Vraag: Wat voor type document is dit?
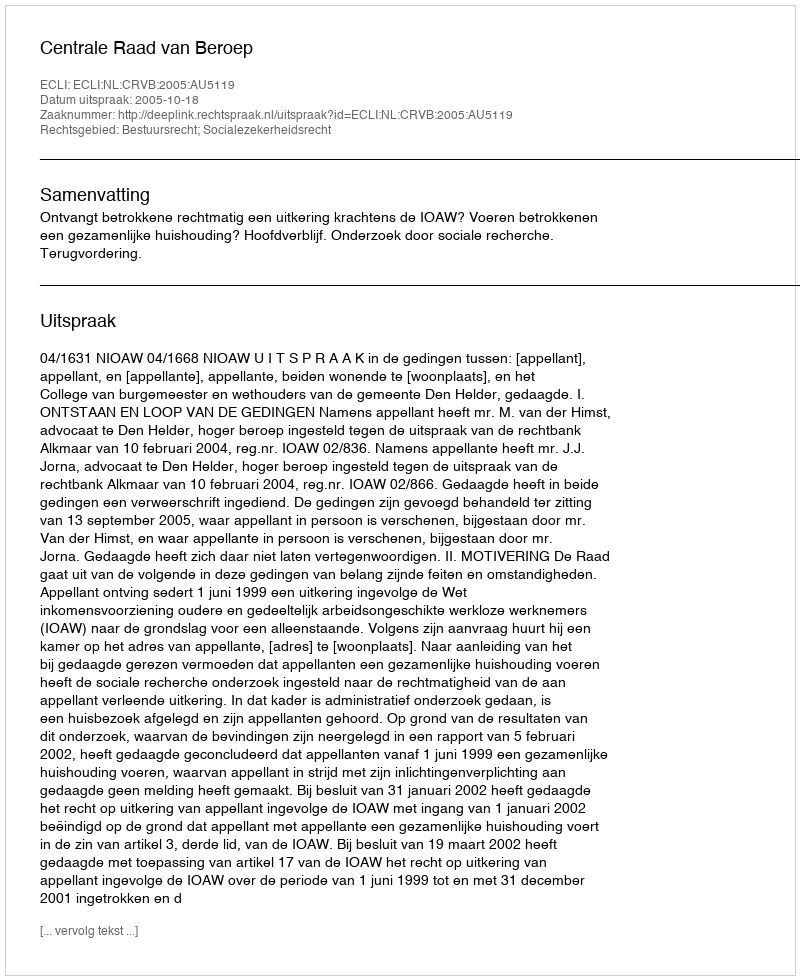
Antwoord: Uitspraak